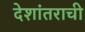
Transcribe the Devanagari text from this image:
देशांतराची